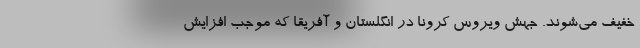
خفیف می‌شوند. جهش ویروس کرونا در انگلستان و آفریقا که موجب افزایش